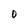
Character: 0